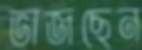
ভাজছেন